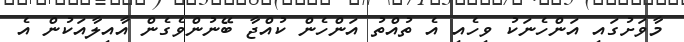
މާވަށުގައި އަންހެނަކު ވިހެއި އެ ތުއްތު އަންހެން ކުއްޖާ ބޭނުންވެގެން އާއިލާއަކުން އެ